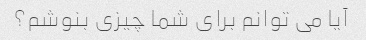
آیا می توانم برای شما چیزی بنوشم؟